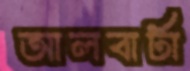
আলবার্টা